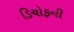
ડિચોફની